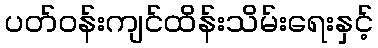
ပတ်ဝန်းကျင်ထိန်းသိမ်းရေးနှင့်